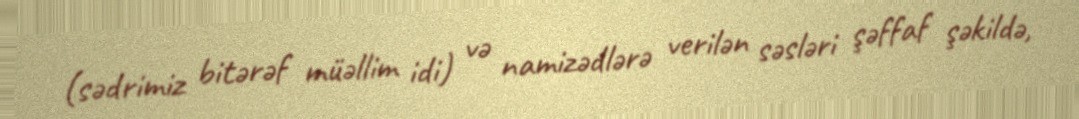
(sədrimiz bitərəf müəllim idi) və namizədlərə verilən səsləri şəffaf şəkildə,